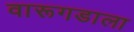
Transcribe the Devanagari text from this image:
वारूगडाला